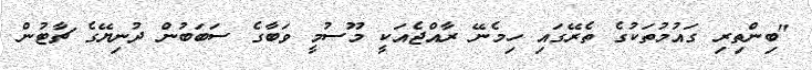
"ބިންތިރި ގައުމުތަކުގެ ތެރޭގައި ހިމެނޭ ރާއްޖެއަކީ މޫސުމީ ވަބާގެ ސަބަބުން ދުނިޔޭގެ ޗާޓުން